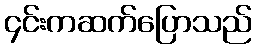
၄င်းကဆက်ပြောသည်